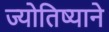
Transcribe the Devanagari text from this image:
ज्योतिष्याने